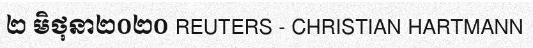
២ មិថុនា២០២០ REUTERS - CHRISTIAN HARTMANN